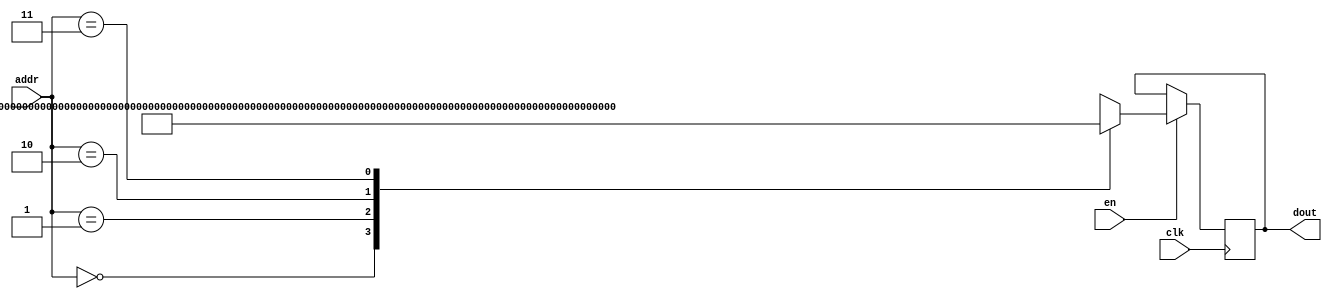
`timescale 1ns / 1ps
/*
Copyright
All right reserved.
Module Name: rom_syn
Author  : Zichuan Liu, Yixing Li and Wenye Liu.
Description:
A synthesized ROM: ROM_DEP x ROM_WID
*/
module AD_W_ROM_13(
// inputs
clk,
en,
addr,
// outputs
dout
);
localparam ROM_WID = 153;
localparam ROM_DEP = 4;
localparam ROM_ADDR = 2;
// input definition
input clk;
input en;
input [ROM_ADDR-1:0] addr;
// output definition
output [ROM_WID-1:0] dout;
reg [ROM_WID-1:0] data;
always @(posedge clk)
begin
if (en) begin
case(addr)
		2'd0: data <= 153'b000000000001001111111111111010000111111111100111010000000001011111011111111111001110011111111000101000000000001101110011111111111000101111111111110011011;
		2'd1: data <= 153'b000000001101111100000000010011110111111100101111111000000010101110100000000010001100011111110010100000000000110101111000000000000000001011111110010010011;
		2'd2: data <= 153'b111111010000101001111111110111010000000001111100000111111011011001001111111110101110000000011001000000111111111010101101111111100010101100000010000000111;
		2'd3: data <= 153'b000000000100100011111111010100011000000001000000100111111011100000000000001101011110111111111000000100111111111100001010000001100010000111111101000111011;
		endcase
		end
	end
	assign dout = data;
endmodule